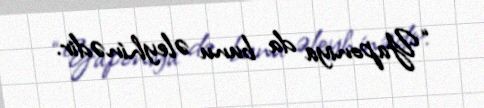
“Yaponiya da bunu əleyhinədir.